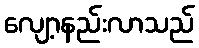
လျော့နည်းလာသည်